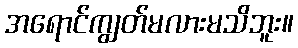
အရောင်ကျွတ်မလားမသိဘူး။